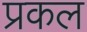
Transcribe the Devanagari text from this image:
प्रकल